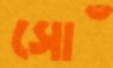
সোঁ